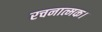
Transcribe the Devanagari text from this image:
रचनात्मक।